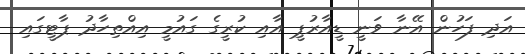
އަދި ފަހުން އޭނާ ވަނީ ޑީއާރުޕީ އާއި ކުރީގެ ގައުމީ އިއްތިހާދު ޕާޓީގައި